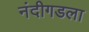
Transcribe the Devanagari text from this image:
नंदीगडला